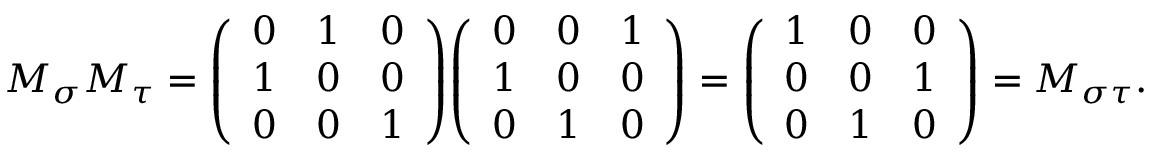
M _ { \sigma } M _ { \tau } = { \left( \begin{array} { l l l } { 0 } & { 1 } & { 0 } \\ { 1 } & { 0 } & { 0 } \\ { 0 } & { 0 } & { 1 } \end{array} \right) } { \left( \begin{array} { l l l } { 0 } & { 0 } & { 1 } \\ { 1 } & { 0 } & { 0 } \\ { 0 } & { 1 } & { 0 } \end{array} \right) } = { \left( \begin{array} { l l l } { 1 } & { 0 } & { 0 } \\ { 0 } & { 0 } & { 1 } \\ { 0 } & { 1 } & { 0 } \end{array} \right) } = M _ { \sigma \tau } .